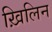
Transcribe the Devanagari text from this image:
ख़िलिन